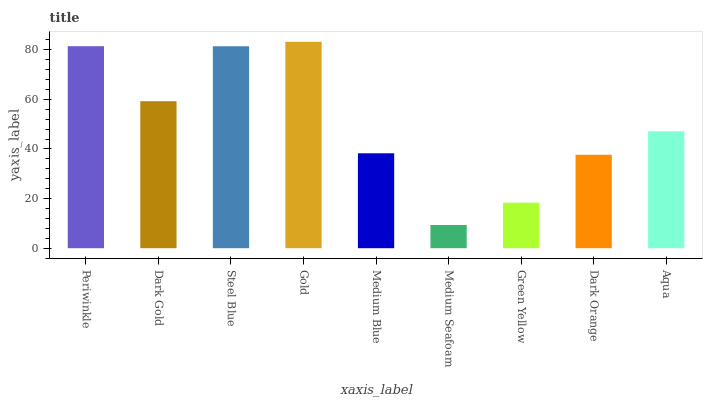
| xaxis_label | bars |
 | --- | --- |
 | Periwinkle | 81.4 |
 | Dark Gold | 59.2 |
 | Steel Blue | 81.4 |
 | Gold | 83.2 |
 | Medium Blue | 38.3 |
 | Medium Seafoam | 9.35 |
 | Green Yellow | 18.4 |
 | Dark Orange | 37.7 |
 | Aqua | 47.1 |